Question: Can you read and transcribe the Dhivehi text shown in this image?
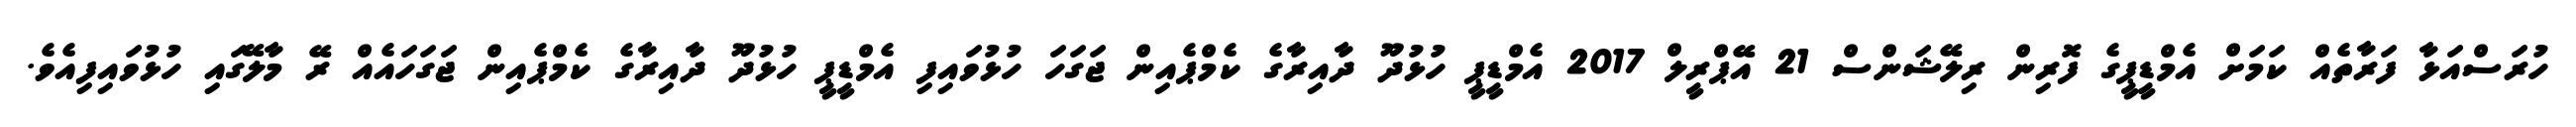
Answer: ހުރަސްއަޅާ ފަރާތެއް ކަމަށް އެމްޑީޕީގެ ފޮރިން ރިލޭޝަންސް 21 އޭޕްރީލް 2017 އެމްޑީޕީ ހުޅުދޫ ދާއިރާގެ ކެމްޕެއިން ޖަގަހަ ހުޅުވައިފި އެމްޑީޕީ ހުޅުދޫ ދާއިރާގެ ކެމްޕެއިން ޖަގަހައެއް ރޭ މާލޭގައި ހުޅުވައިފިއެވެ.